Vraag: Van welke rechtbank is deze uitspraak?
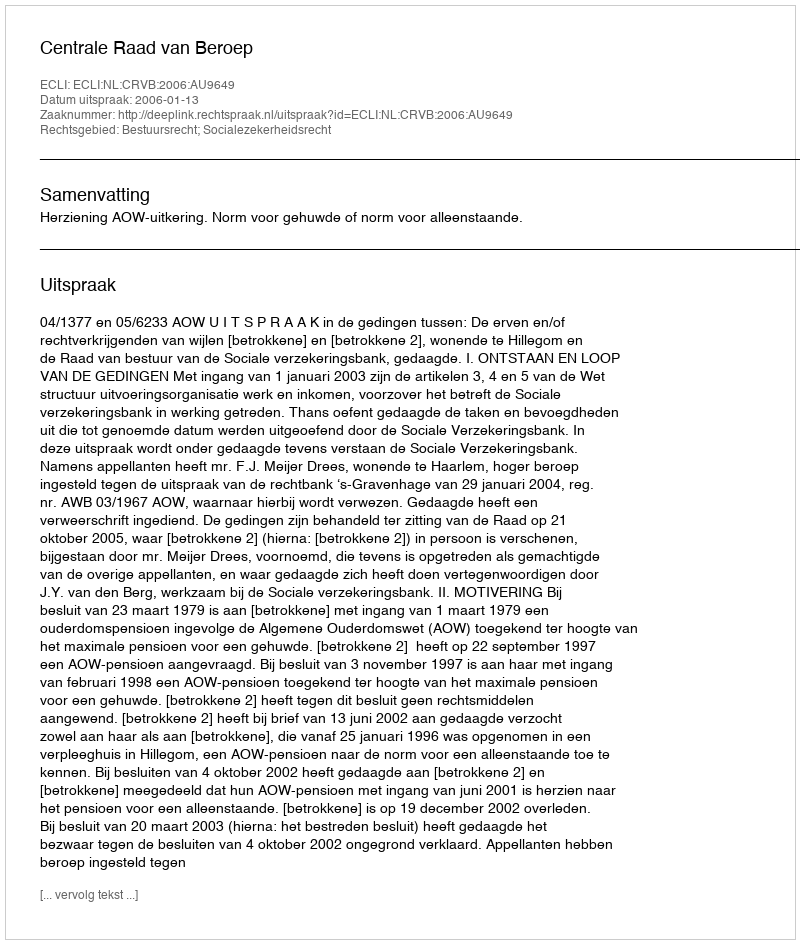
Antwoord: Centrale Raad van Beroep